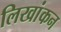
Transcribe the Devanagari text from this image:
लिखांकन